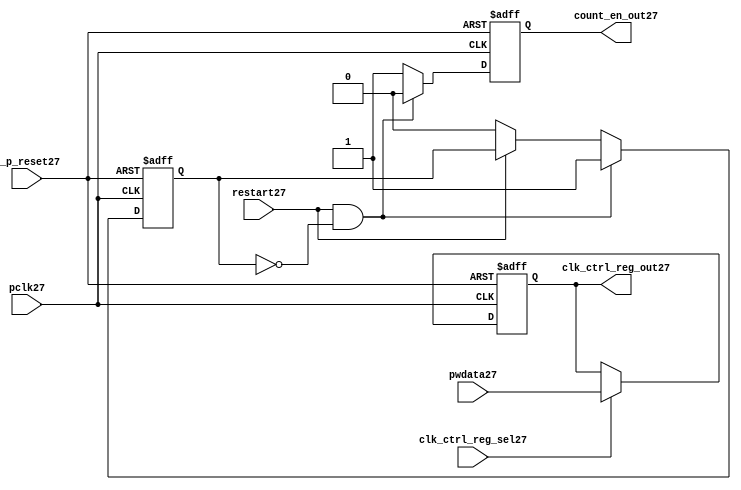
//File27 name   : ttc_count_rst_lite27.v
//Title27       : 
//Created27     : 1999
//Description27 : TTC27 counter reset block
//Notes27       : 
//----------------------------------------------------------------------
//   Copyright27 1999-2010 Cadence27 Design27 Systems27, Inc27.
//   All Rights27 Reserved27 Worldwide27
//
//   Licensed27 under the Apache27 License27, Version27 2.0 (the
//   "License27"); you may not use this file except27 in
//   compliance27 with the License27.  You may obtain27 a copy of
//   the License27 at
//
//       http27://www27.apache27.org27/licenses27/LICENSE27-2.0
//
//   Unless27 required27 by applicable27 law27 or agreed27 to in
//   writing, software27 distributed27 under the License27 is
//   distributed27 on an "AS27 IS27" BASIS27, WITHOUT27 WARRANTIES27 OR27
//   CONDITIONS27 OF27 ANY27 KIND27, either27 express27 or implied27.  See
//   the License27 for the specific27 language27 governing27
//   permissions27 and limitations27 under the License27.
//----------------------------------------------------------------------

module ttc_count_rst_lite27(

  //inputs27
  n_p_reset27,                             
  pclk27, 
  pwdata27,                                                           
  clk_ctrl_reg_sel27,
  restart27,        

  //outputs27
  count_en_out27,
  clk_ctrl_reg_out27

  );


//-----------------------------------------------------------------------------
// PORT DECLARATIONS27
//-----------------------------------------------------------------------------

   // inputs27
   input n_p_reset27;                 // Reset27 signal27
   input pclk27;                    // APB27 System27 clock27
   input [6:0] pwdata27;           // 7-Bit27 pwdata27 from APB27 interface
   input clk_ctrl_reg_sel27;        // Select27 for the clk_ctrl_reg27
   input restart27;                 // Restart27 reset from cntr_ctrl_reg27

   // outputs27
   output count_en_out27;
   output [6:0] clk_ctrl_reg_out27; // Controls27 clock27 selected


//-----------------------------------------------------------------------------
// Internal Signals27 & Registers27
//-----------------------------------------------------------------------------


   
   reg [6:0]    clk_ctrl_reg27;     //7-bit clock27 control27 register.
   
   reg          restart_var27;      //ensures27 prescaler27 reset at start of restart27 
   
   reg          count_en27;         //enable signal27 to counter

   
   wire [6:0]   clk_ctrl_reg_out27; //clock27 control27 output wire
   wire         count_en_out27;     //counter enable output
   
   
//-----------------------------------------------------------------------------
// Logic27 Section27:


//
//    p_clk_ctrl27: Process27 to implement the clk_ctrl_reg27.  
//                When27 select27 line is set then27 the data will be inserted27 to 
//                the clock27 control27 register, otherwise27 it will be equal27 to 
//                the previous value of the register, else it will be zero.
//-----------------------------------------------------------------------------

   assign clk_ctrl_reg_out27  = clk_ctrl_reg27;
   assign count_en_out27      = count_en27;


//    p_ps_counter27: counter for clock27 enable generation27.
   
   always @(posedge pclk27 or negedge n_p_reset27)
   begin: p_ps_counter27
      
      if (!n_p_reset27)
      begin
         restart_var27  <= 1'b0;
         count_en27     <= 1'b0;
      end
      else
      begin
         if (restart27 & ~restart_var27)
         begin
            restart_var27  <= 1'b1;
            count_en27     <= 1'b0;
         end 
         
         else 
           begin
              
              if (~restart27)
                 restart_var27 <= 1'b0;
              else
                 restart_var27 <= restart_var27;
                 
              count_en27     <= 1'b1;        
              
           end
      end // else: !if(!n_p_reset27)      
  
   end  //p_ps_counter27



// p_clk_ctrl27 : Process27 for writing to the clk_ctrl_reg27
   
   always @ (posedge pclk27 or negedge n_p_reset27)
   begin: p_clk_ctrl27
      
      if (!n_p_reset27)
         clk_ctrl_reg27 <= 7'h00;
      else
      begin 

         if (clk_ctrl_reg_sel27)
            clk_ctrl_reg27 <= pwdata27;
         else
            clk_ctrl_reg27 <= clk_ctrl_reg27;

      end 
      
   end  //p_clk_ctrl27

   
endmodule